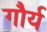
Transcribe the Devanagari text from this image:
गौर्य